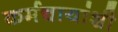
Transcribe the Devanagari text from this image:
कर्मचायांशी